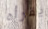
يقرأه